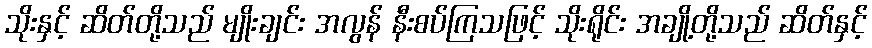
သိုးနှင့် ဆိတ်တို့သည် မျိုးချင်း အလွန် နီးစပ်ကြသဖြင့် သိုးရိုင်း အချို့တို့သည် ဆိတ်နှင့်